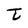
Character: t